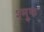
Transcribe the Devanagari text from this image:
श्मुक